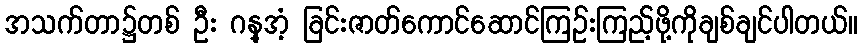
အသက်တာ၌တစ် ဦး ဂန္အံ့ ခြင်းဇာတ်ကောင်ဆောင်ကြဉ်းကြည့်ဖို့ကိုချစ်ချင်ပါတယ်။